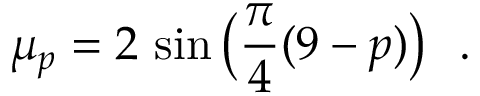
\mu _ { p } = 2 \, \sin \big ( \frac { \pi } { 4 } ( 9 - p ) \big ) ~ ~ .